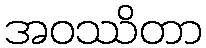
အဝဿိတာ